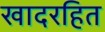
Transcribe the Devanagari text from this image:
खादरहित